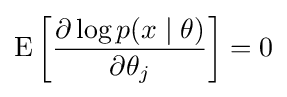
\mathrm {E} \left[{\frac {\partial \log {}p(x\mid \theta )}{\partial \theta _{j}}}\right]=0